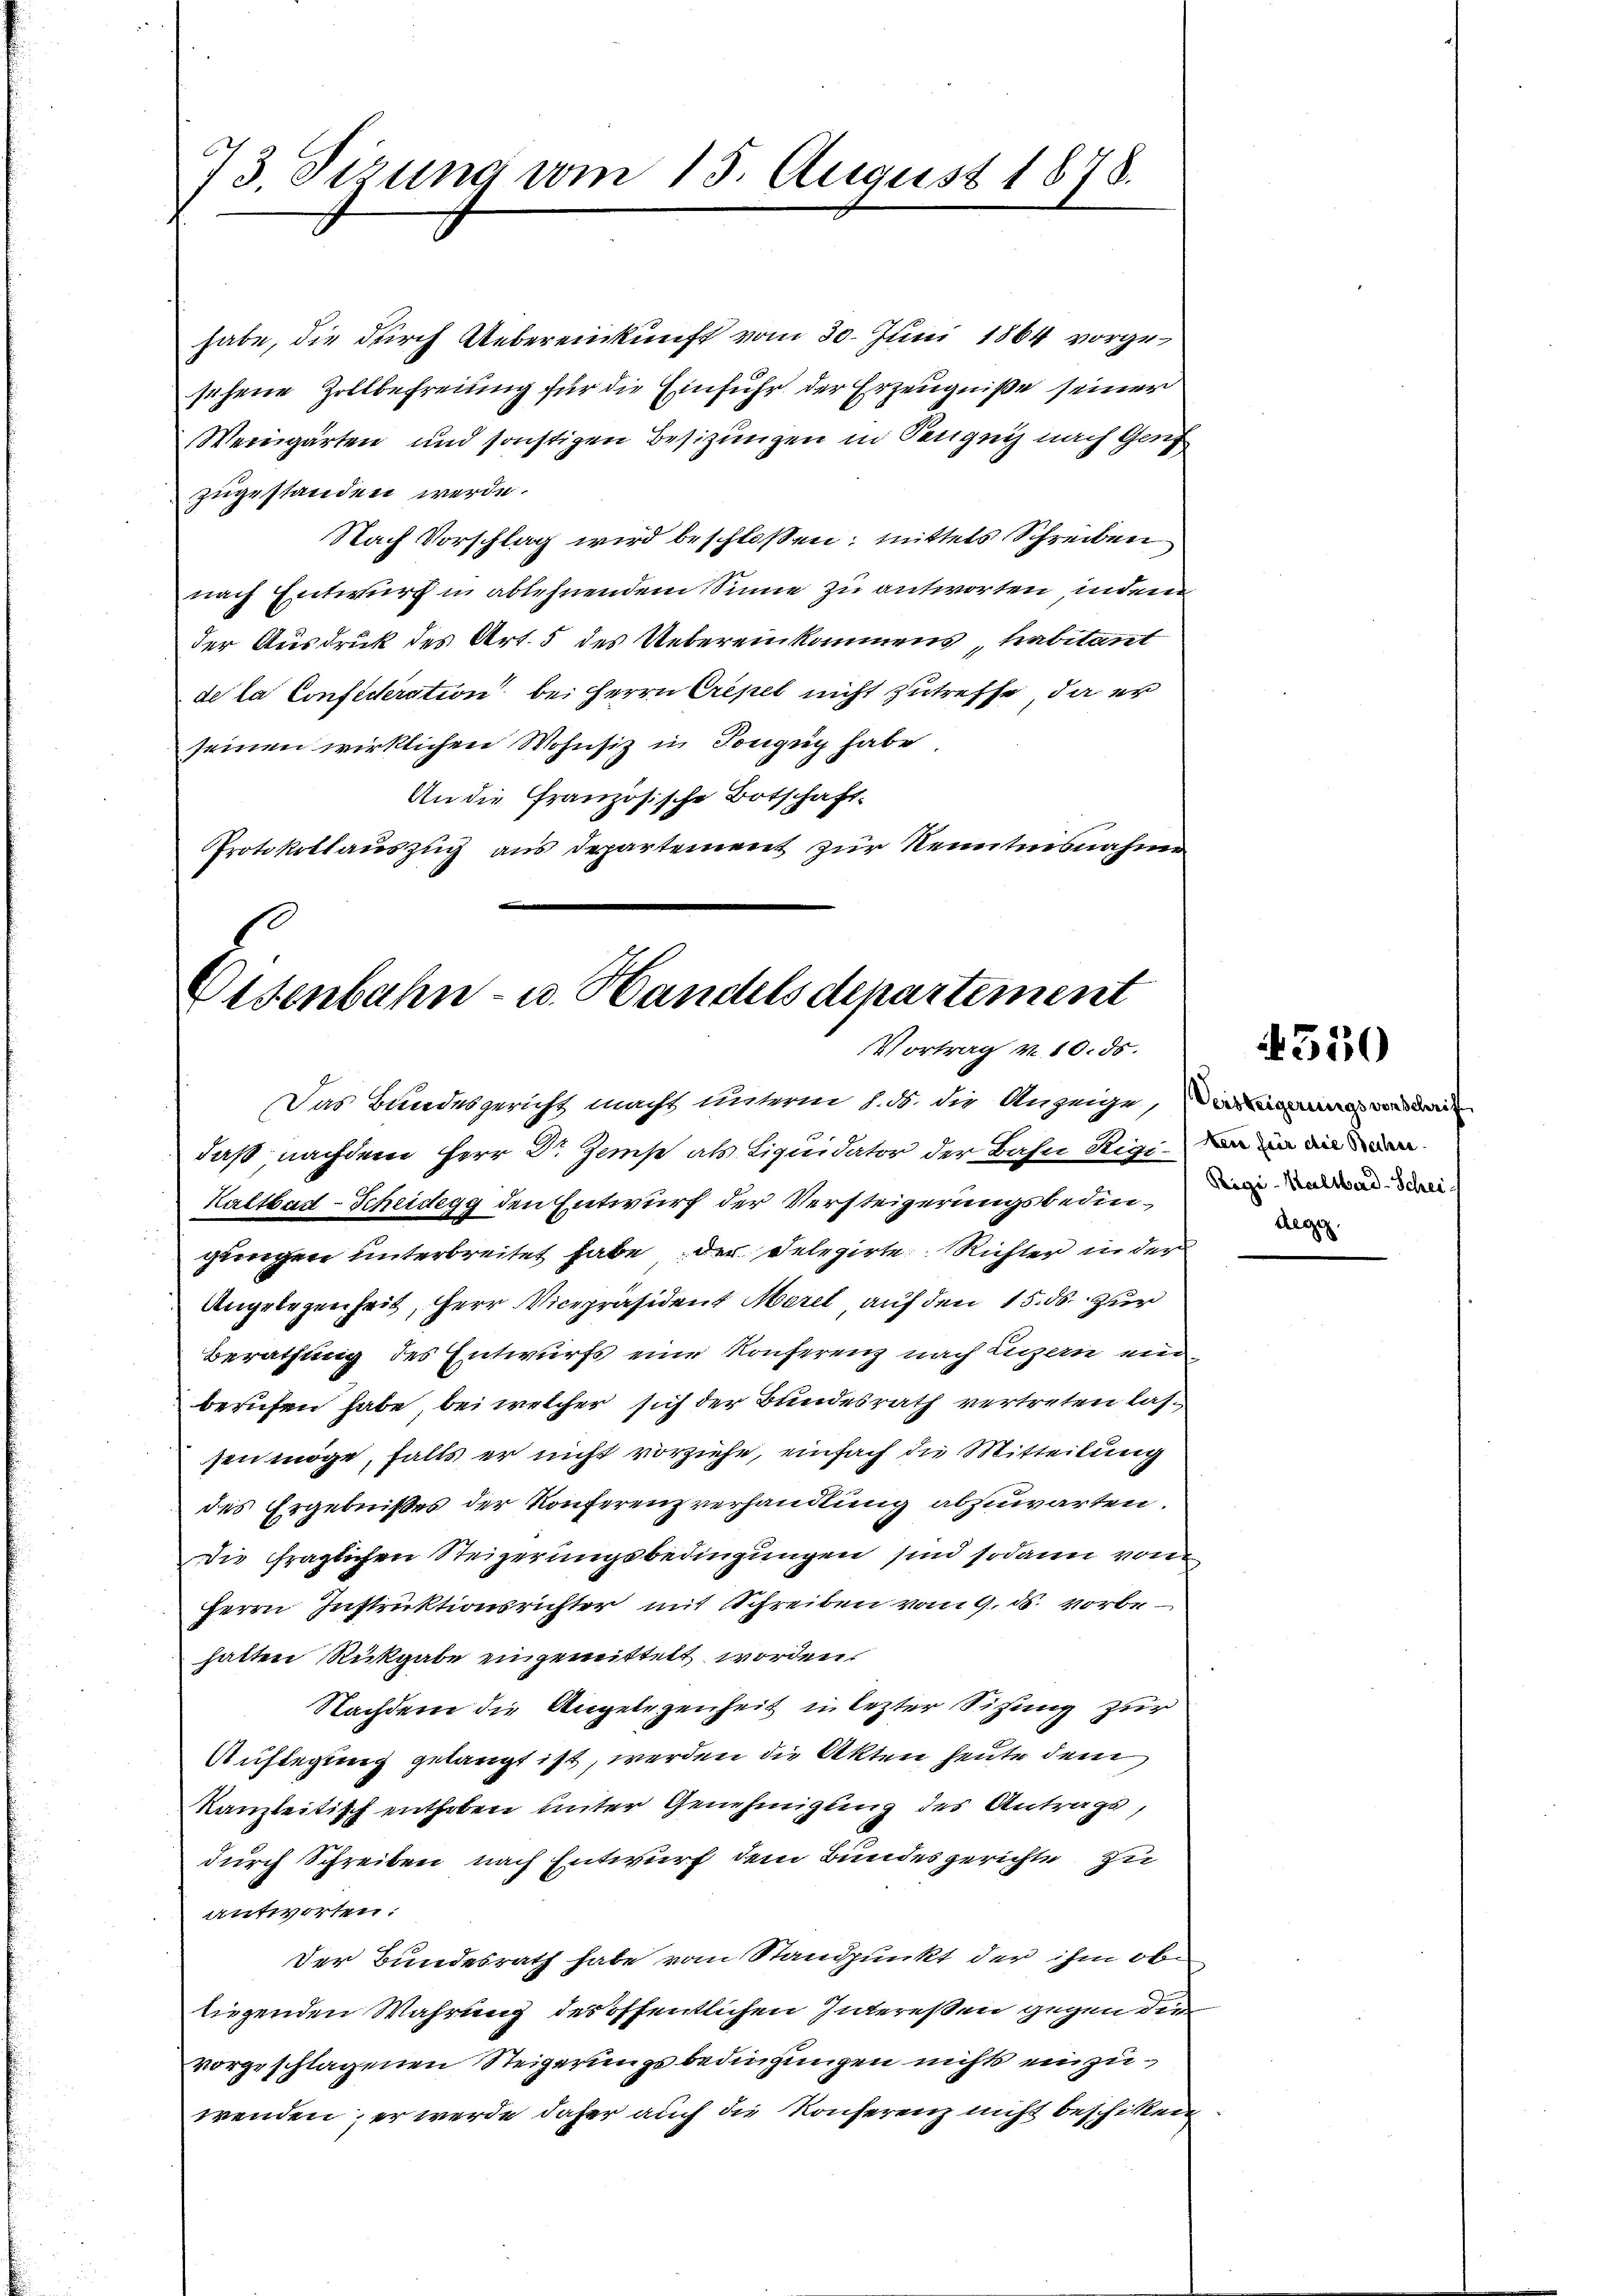
73. Sizung vom 15. August 1878.

habe, die durch Uebereinkunft vom 30. Juni 1864 vorgesehene Zollbefreiung für die Einfuhr der Erzeugniße seiner
Weingarten und sonstigen Besizungen in Sengen nach Genf
zugestanden werde.
Nach Vorschlag wird beschloßen; mittels Schreiben
nach Entwurf in ablehnendem Sinne zu antworten, indem
der Ausdruck des Art. 5 des Uebereinkommens, habeant
de la Confideration bei Herrn Crepel nicht zutreffe, da er
seinen wirklichen Wohnsiz in Tongug habe.
An die Französische Botschaft.
Protokollauszug aus Departement zur Kenntnisnahme

Eisenbahn- u. Handelsdepartement
Vortrag v. 10. ds.

Das Bandesgericht macht unterm 1. ds. die Anzeige, Verzeigerung vor de
daß nachdem Herr Dr. Zams als Liquidator der Bahn Rigi in den
Kaltbad-Scheidegg den Entwurf der Versteigerungsbedingungen unterbreitet habe der Delegirte Richter in der
Angelegenheit, Herr Vicepräsident Meret auf den 15. ds. zur
Berathung des Entwurfs eine Konferenz nach Legern einberufen habe, bei welcher sich der Bundesrath vertreten lassen möge, falls er nicht vorziehe, einfach die Mitteilung
des Ergebnißes der Konferenzverhandlung abzuwarten.
die fraglichen Steigerungsbedingungen sind sodann von
Herrn Instruktionsrichter mit Schreiben vom 9. ds. vorbehatten Rückgabe eigemittelt worden.
Nachdem die Angelegenheit in lezter Sitzung zur
Auflegung gelangt ist, werden die Akten heute dem
kanzleitisch enthoben unter Genehmigung des Antrags,
durch Schreiben nach Entwurf dem Bundesgerichte zu
antworten:
Der Bundesrath habe vom Standpunkt der ihm obe
liegenden Wahrung des öffentlichen Intereßen gegen der
vorgeschlagenen Steigerungsbedingungen nicht einzuwenden; er werde daher auch die Konferenz nicht beschicken

550

Rigi-Kaltbard-Schei¬
Aege